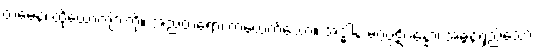
တမေနံ၊ ထိုယောကျ်ားကို။ အညတရော၊ တယေက်သော။ အဒ္ဓါန မဂ္ဂပ္ပဋိပန္နော၊ အဓွန့်ရှည်သော